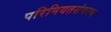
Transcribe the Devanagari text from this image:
परिनियतसंकल्प